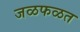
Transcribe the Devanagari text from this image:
जळफळत